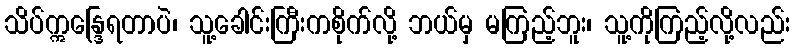
သိပ်ဣန္ဒြေရတာပဲ၊ သူ့ခေါင်းကြီးကစိုက်လို့ ဘယ်မှ မကြည့်ဘူး၊ သူ့ကိုကြည့်လို့လည်း